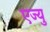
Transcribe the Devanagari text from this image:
एज्यु